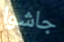
جاشوا